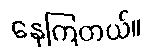
နေကြတယ်။